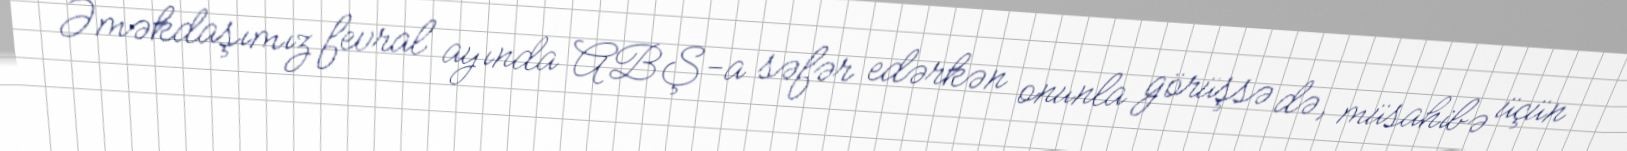
Əməkdaşımız fevral ayında ABŞ-a səfər edərkən onunla görüşsə də, müsahibə üçün